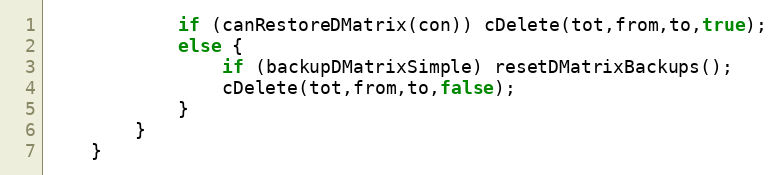
Language: Java
			if (canRestoreDMatrix(con)) cDelete(tot,from,to,true);
			else {
				if (backupDMatrixSimple) resetDMatrixBackups();
				cDelete(tot,from,to,false);
			}
		}
	}